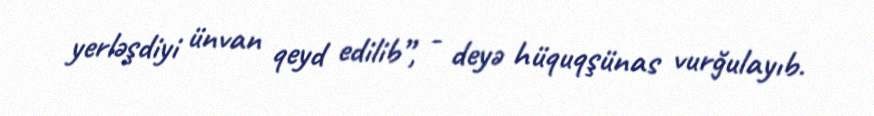
yerləşdiyi ünvan qeyd edilib”, - deyə hüquqşünas vurğulayıb.